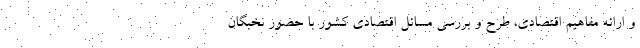
و ارائه مفاهیم اقتصادی، طرح و بررسی مسائل اقتصادی کشور با حضور نخبگان